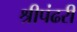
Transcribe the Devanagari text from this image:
श्रीपंढरी